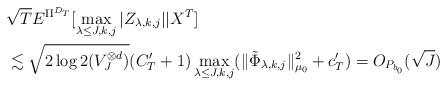
LaTeX: \begin{align*}&\sqrt{T} E^{\Pi^{D_T}} [\max_{\lambda \leq J,k,j} |Z_{\lambda,k,j}| |X^T] \\&\lesssim \sqrt{2 \log 2 (V_J^{\otimes d})} (C_T'+1) \max_{\lambda \leq J,k,j} (\|\tilde{\Phi}_{\lambda,k,j}\|_{\mu_0}^2 + c_T') =O_{P_{b_0}}( \sqrt{J}) \end{align*}